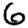
Digit: 6